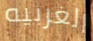
الغربيه